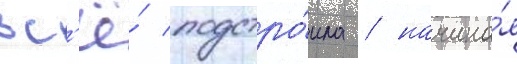
вс'ё́ подстро́ила / начина́я